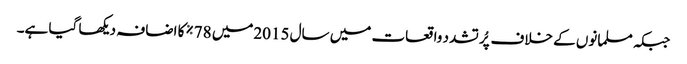
جبکہ مسلمانوں کے خلاف پُر تشدد واقعات میں سال 2015میں 78%کا اضافہ دیکھا گیا ہے۔